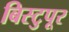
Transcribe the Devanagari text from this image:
बिस्टुपूर